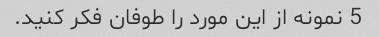
5 نمونه از این مورد را طوفان فکر کنید.